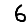
Digit: 6